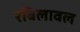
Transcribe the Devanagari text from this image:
रबिलावल